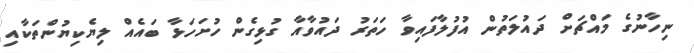
ނިހާނުގެ މައްޗަށް ދައުލަތުން އުފުލާފައިވާ ހަތަރު ދައުވާއާ ގުޅިގެން ހުށަހަޅާ ބައެއް ލިޔެކިޔުންތަކާއި